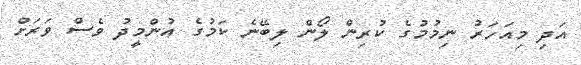
އަދި މިއަހަރު ނިމުމުގެ ކުރިން ލޯން ލިބޭނެ ކަމުގެ އުންމީދު ވެސް ވަރަށް